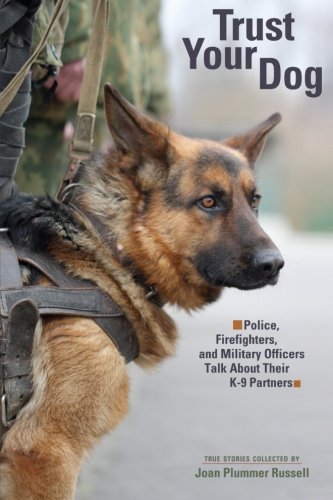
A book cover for Trust Your Dog: Police, Firefighters, and Military Officers Talk About Their K-9 Partners; Joan Plummer Russell; Biographies & Memoirs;